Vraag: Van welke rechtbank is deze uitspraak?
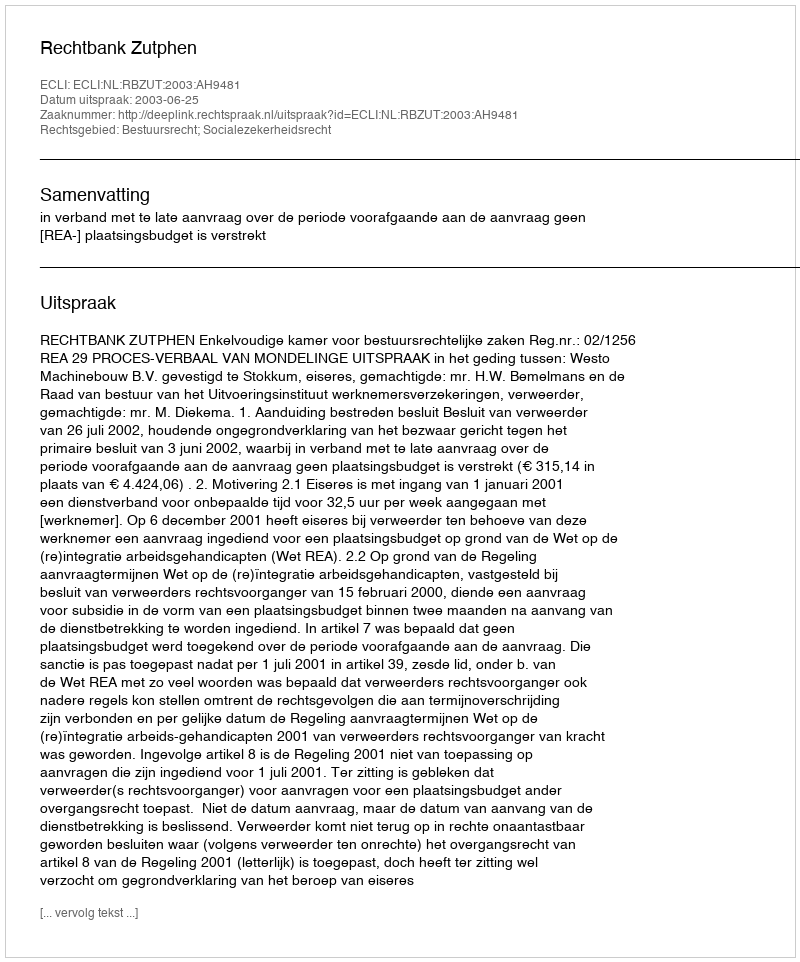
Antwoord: Rechtbank Zutphen